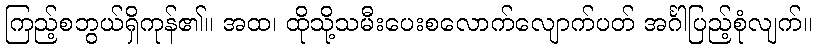
ကြည့်စဘွယ်ရှိကုန်၏။ အထ၊ ထိုသို့သမီးပေးစလောက်လျောက်ပတ် အင်္ဂါပြည့်စုံလျက်။